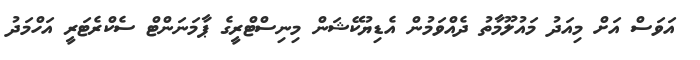
އަވަސް އަށް މިއަދު މައުލޫމާތު ދެއްވަމުން އެޑިޔުކޭޝަން މިނިސްޓްރީގެ ޕާމަނަންޓް ސެކްރެޓަރީ އަހްމަދު